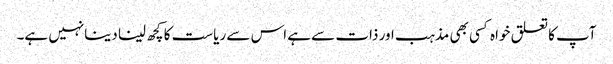
آپ کا تعلق خواہ کسی بھی مذہب اور ذات سے ہے اس سے ریاست کا کچھ لینا دینانہیں ہے۔